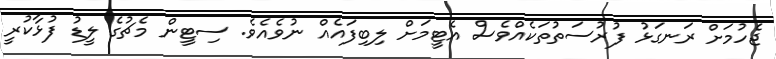
ޖެހުމަށް ރަނގަޅު ފުރުސަތުތަކެއްވެސް އެޓީމަށް ލިބިފައެއް ނުވެއެވެ. ސިޓީން މެޗުގެ ލީޑު ފުޅާކުރީ